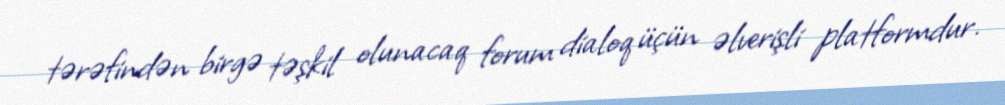
tərəfindən birgə təşkil olunacaq forum dialoq üçün əlverişli platformdur.